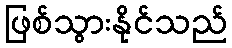
ဖြစ်သွားနိုင်သည်